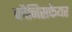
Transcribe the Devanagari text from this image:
प्लैनिसफेयर